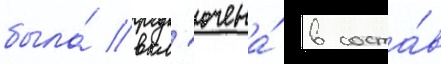
была́ вкл'ючена́ в соста́в